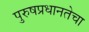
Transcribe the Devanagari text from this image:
पुरुषप्रधानतेचा